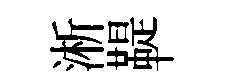
淅鞮